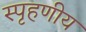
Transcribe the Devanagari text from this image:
स्‍पृहणीय